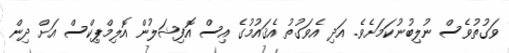
ވަގުތުވެސް ނުލިބުނުކަމަށެވެ. އަދި އެވަގުތު އެޤައުމުގެ އިސް އޮފިޝަލުން އޮލިމްޕިކްސް އަށް ދިން